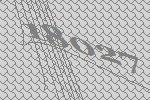
18027